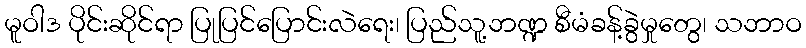
မူဝါဒ ပိုင်းဆိုင်ရာ ပြုပြင်ပြောင်းလဲရေး၊ ပြည်သူ့ဘဏ္ဍ စီမံခန့်ခွဲမှုတွေ၊ သဘာဝ